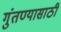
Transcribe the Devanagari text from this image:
गुंतण्यासाठी